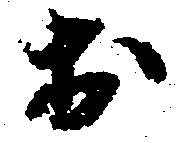
於